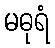
မဓုရံ